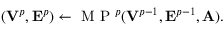
( { \bf V } ^ { p } , { \bf E } ^ { p } ) \leftarrow \mathrm { ~ M ~ P ~ } ^ { p } ( { \bf V } ^ { p - 1 } , { \bf E } ^ { p - 1 } , { \bf A } ) .